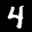
Label: 4